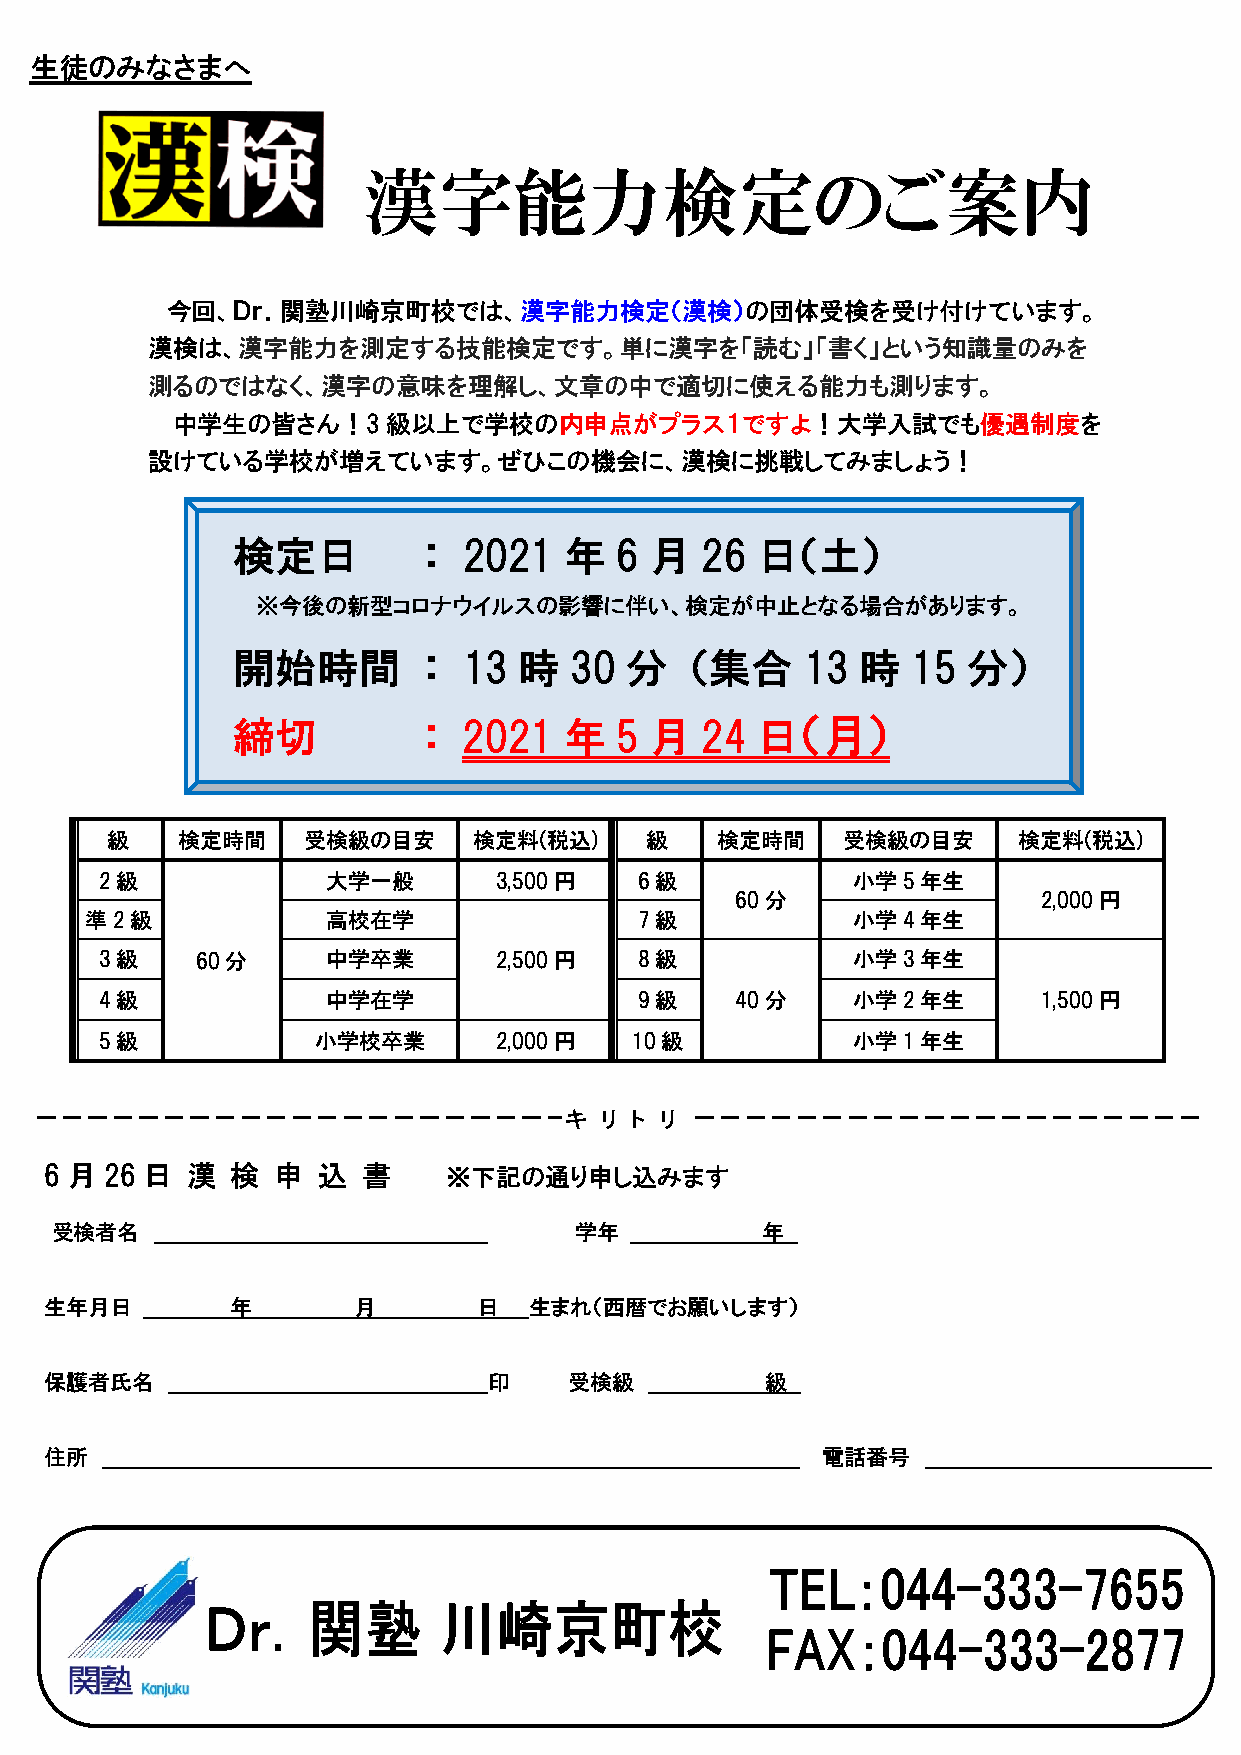
生徒のみなさまへ
 漢字能力検定のご案内
 今回、Ｄｒ．関塾川崎京町校では、漢字能力検定（漢検）の団体受検を受け付けています。
 漢検は、漢字能力を測定する技能検定です。単に漢字を「読む」「書く」という知識量のみを
 測るのではなく、漢字の意味を理解し、文章の中で適切に使える能力も測ります。
 中学生の皆さん！3級以上で学校の内申点がプラス１ですよ！大学入試でも優遇制度を
 設けている学校が増えています。ぜひこの機会に、漢検に挑戦してみましょう！
 検定日          ：  2021  年   6 月  26  日（土）
 ※今後の新型コロナウイルスの影響に伴い、検定が中止となる場合があります。
 開始時間         ：  13 時   30 分    （集合    13  時  15  分）
 締切           ：  2021  年   5 月  24  日（月）
 級    検定時間    受検級の目安     検定料(税込)     級   検定時間     受検級の目安     検定料(税込)
 2級             大学一般       3,500円   6級            小学5年生
 60分                 2,000円
 準2級             高校在学                7級            小学4年生
 3級    60分      中学卒業       2,500円   8級            小学3年生
 4級             中学在学                9級     40分    小学2年生        1,500円
 5級            小学校卒業       2,000円   10級           小学1年生
 キ  リ ト リ
 6 月 26 日 漢  検  申  込  書     ※下記の通り申し込みます
 受検者名                               学年          年
 生年月日        年       月        日  生まれ（西暦でお願いします）
 保護者氏名                        印     受検級          級
 住所                                                 電話番号